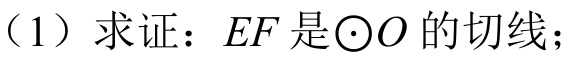
（1）求证：\(EF\)是\(\odot O\)的切线；